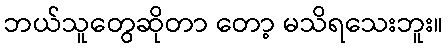
ဘယ်သူတွေဆိုတာ တော့ မသိရသေးဘူး။